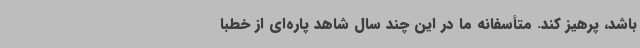
باشد، پرهیز کند. ‌متأسفانه ما در این چند سال شاهد پاره‌ای از خطبا